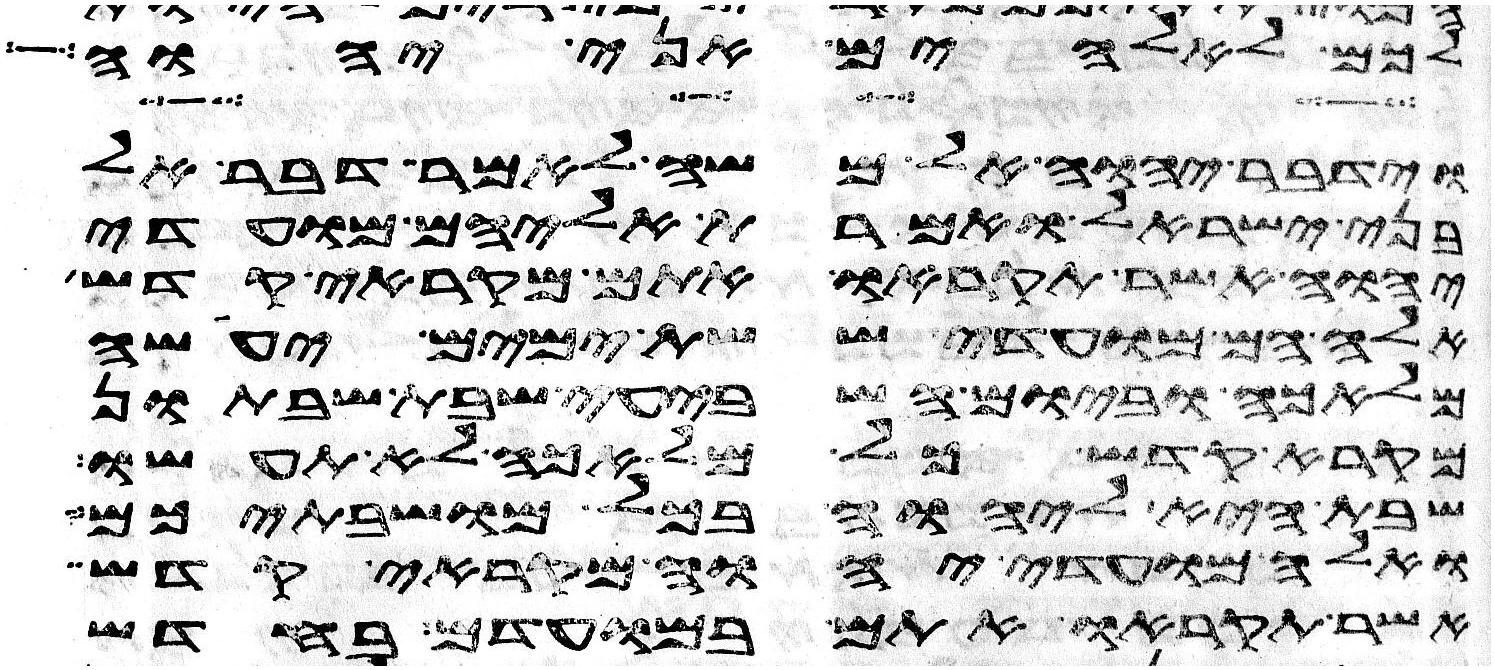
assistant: לכם לאלהים אני יהוה
וידבר יהוה אל משה לאמר דבר אל
בני ישראל ואמרת אליהם מועדי
יהוה אשר תקראו אתם מקראי קדש
אלה הם מועדי ששת ימים יעשה
מלאכה וביום השביעי שבת שבתון
מקרא קדש כל מלאכה לא תעשו
שבת היא ליהוה בכל מושבתיכם
ואלה מועדי יהוה מקראי קדש
אשר תקראו אתם במועדם בחדש